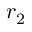
r _ { 2 }